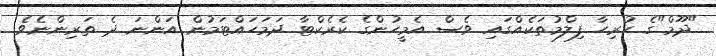
"ދޫމް"ގެ ހުރިހާ ފިލްމުތަކެއްގައި ވެސް އެމީހުންގެ ކެރެކްޓާ ދަމަހައްޓަމުން އަންނަ ދެ ތަރިންނެވެ.